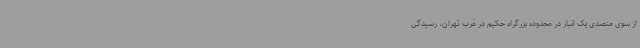
از سوی متصدی یک انبار در محدوده بزرگراه حکیم در غرب تهران، رسیدگی